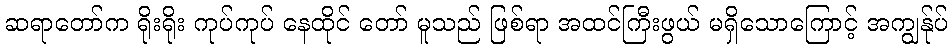
ဆရာတော်က ရိုးရိုး ကုပ်ကုပ် နေထိုင် တော် မူသည် ဖြစ်ရာ အထင်ကြီးဖွယ် မရှိသောကြောင့် အကျွန်ုပ်